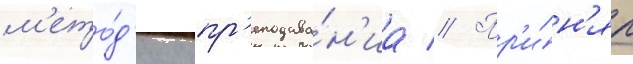
м'ето́д'ику пр'еподава́н'иа // Пр'и́н'ял